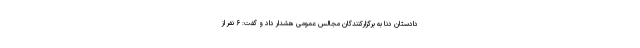
دادستان دنا به برگزارکنندگان مجالس عمومی هشدار داد و گفت: ۶ نفر از